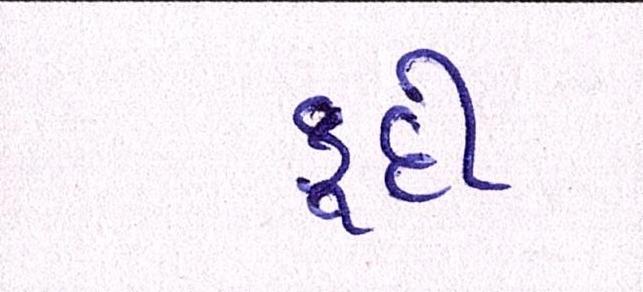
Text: કૂદી